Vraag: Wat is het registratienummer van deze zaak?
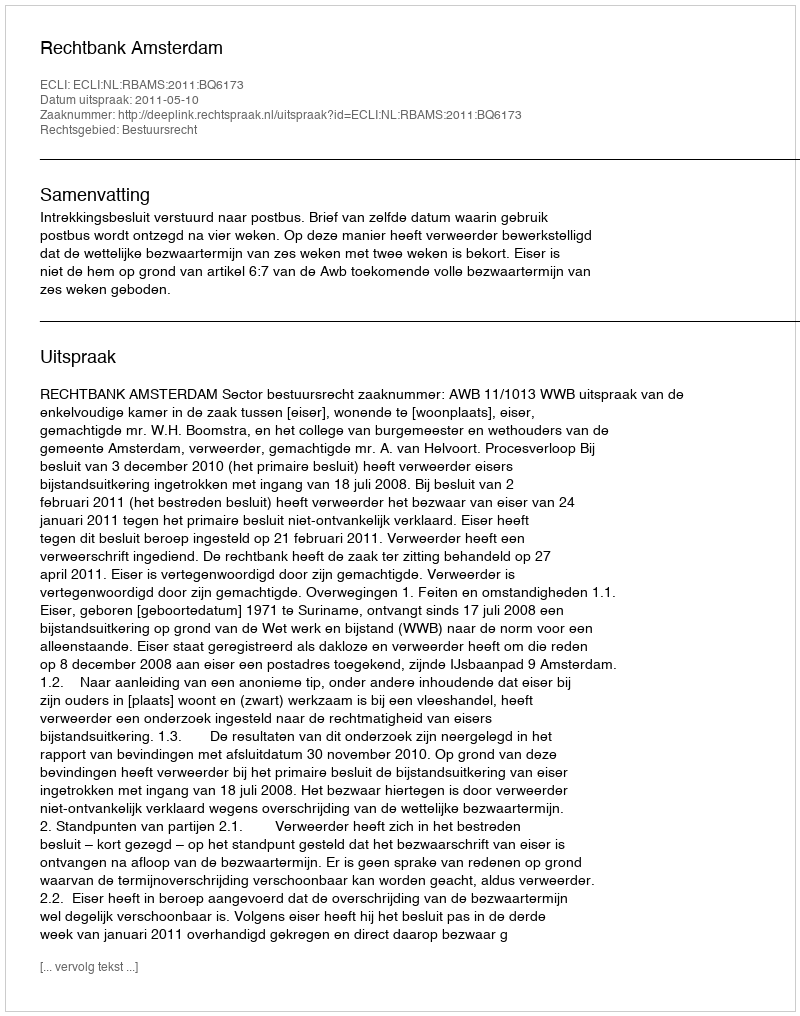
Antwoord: http://deeplink.rechtspraak.nl/uitspraak?id=ECLI:NL:RBAMS:2011:BQ6173